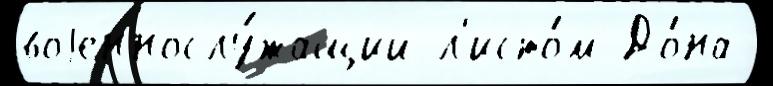
воjеннослу́жащий л'исто́м До́на